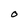
Character: O